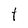
Character: f